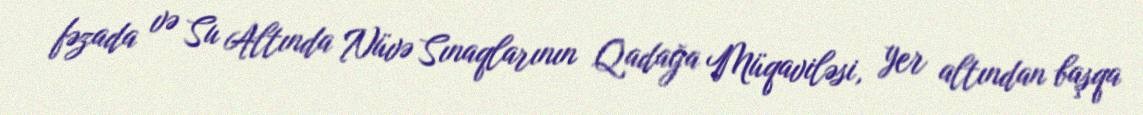
fəzada və Su Altında Nüvə Sınaqlarının Qadağa Müqaviləsi, yer altından başqa